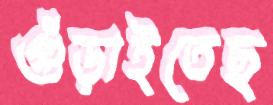
গুঁড়াইতেছ